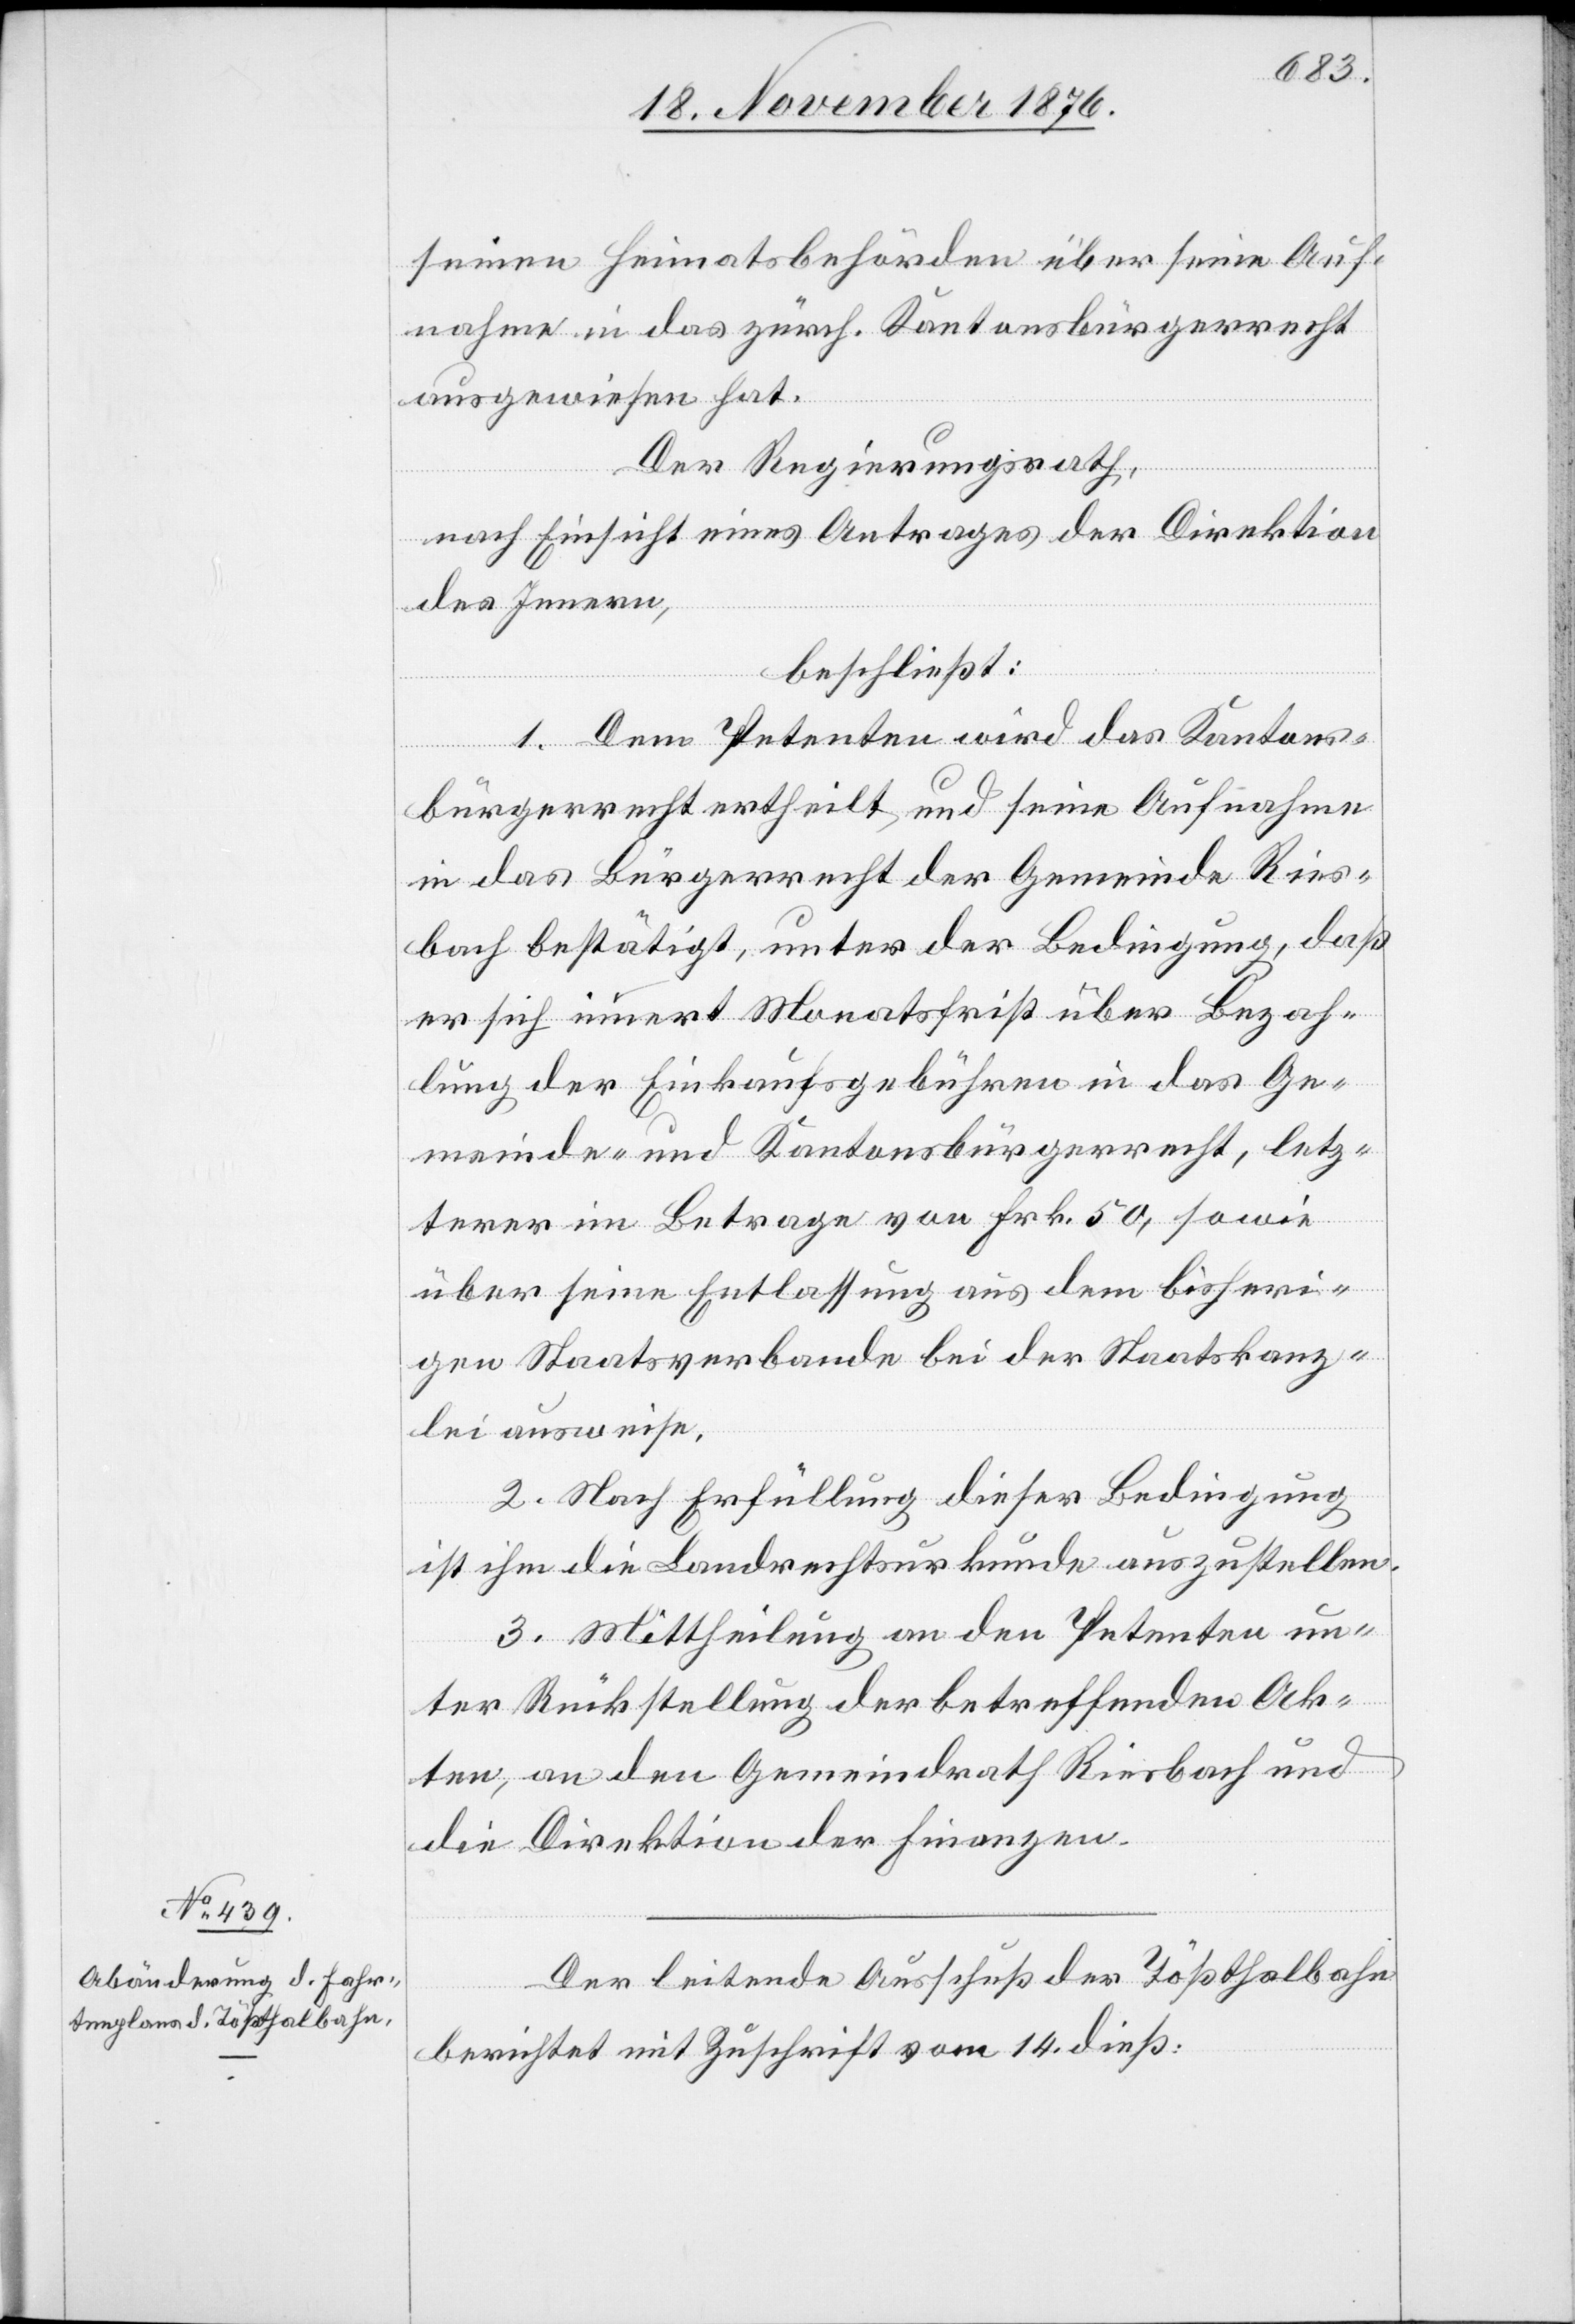
Der leitende Ausschuß der Tößthalbahn
berichtet mit Zuschrift vom 14. dieß: